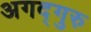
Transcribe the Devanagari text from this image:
अगद्गुरु